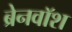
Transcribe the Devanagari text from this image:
ब्रेनवाॅश